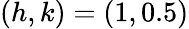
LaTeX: (h,k)=(1,0.5)